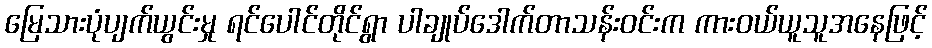
မြေသားပုံပျက်ယွင်းမှု ရင်ပေါင်တိုင်ရွာ ပါချုပ်ဒေါက်တာသန်းဝင်းက ကားဝယ်ယူသူအနေဖြင့်